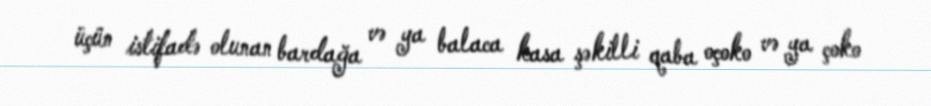
üçün istifadə olunan bardağa və ya balaca kasa şəkilli qaba oçoko və ya çoko